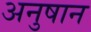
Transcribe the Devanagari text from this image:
अनुषान